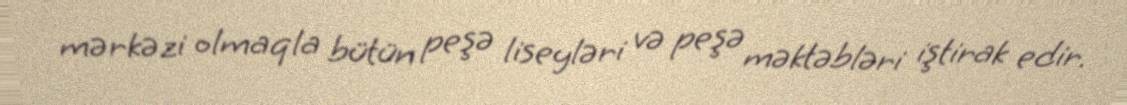
mərkəzi olmaqla bütün peşə liseyləri və peşə məktəbləri iştirak edir.